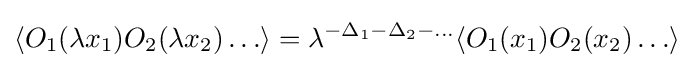
\langle O_{1}(\lambda x_{1})O_{2}(\lambda x_{2})\ldots \rangle =\lambda ^{-\Delta _{1}-\Delta _{2}-\ldots }\langle O_{1}(x_{1})O_{2}(x_{2})\ldots \rangle